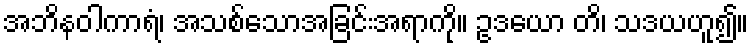
အဘိနဝါကာရံ၊ အသစ်သောအခြင်းအရာကို။ ဥဒယော တိ၊ သဒယဟူ၍။